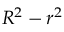
R ^ { 2 } - r ^ { 2 }